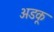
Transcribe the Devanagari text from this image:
अडकू